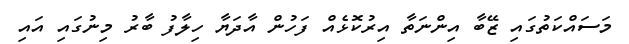
މަސައްކަތުގައި ޒޭބާ އިންނަތާ އިރުކޮޅެއް ފަހުން އާދަޔާ ހިލާފު ބާރު މިނުގައި އައި